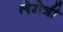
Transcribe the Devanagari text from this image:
लेमेत्री